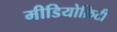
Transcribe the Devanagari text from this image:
मीडियोक्रिटी